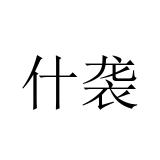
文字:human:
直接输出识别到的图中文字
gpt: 什袭